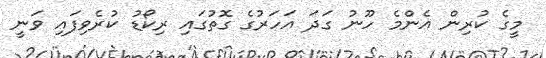
މީގެ ކުރިން އެންމެ ހޫނު ގަދަ އަހަރުގެ ގޮތުގައި ރިކޯޑު ކުރެވިފައި ވަނީ